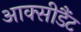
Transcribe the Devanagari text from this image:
आक्सीडैंट